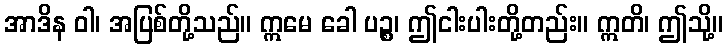
အာဒိန ဝါ၊ အပြစ်တို့သည်။ ဣမေ ခေါ ပဉ္စ၊ ဤငါးပါးတို့တည်း။ ဣတိ၊ ဤသို့။